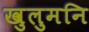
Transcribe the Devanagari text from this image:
खुलुमनि